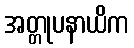
အတ္တုပနာယိက